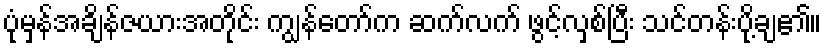
ပုံမှန်အချိန်ဇယားအတိုင်း ကျွန်တော်က ဆက်လက် ဖွင့်လှစ်ပြီး သင်တန်းပို့ချ၏။